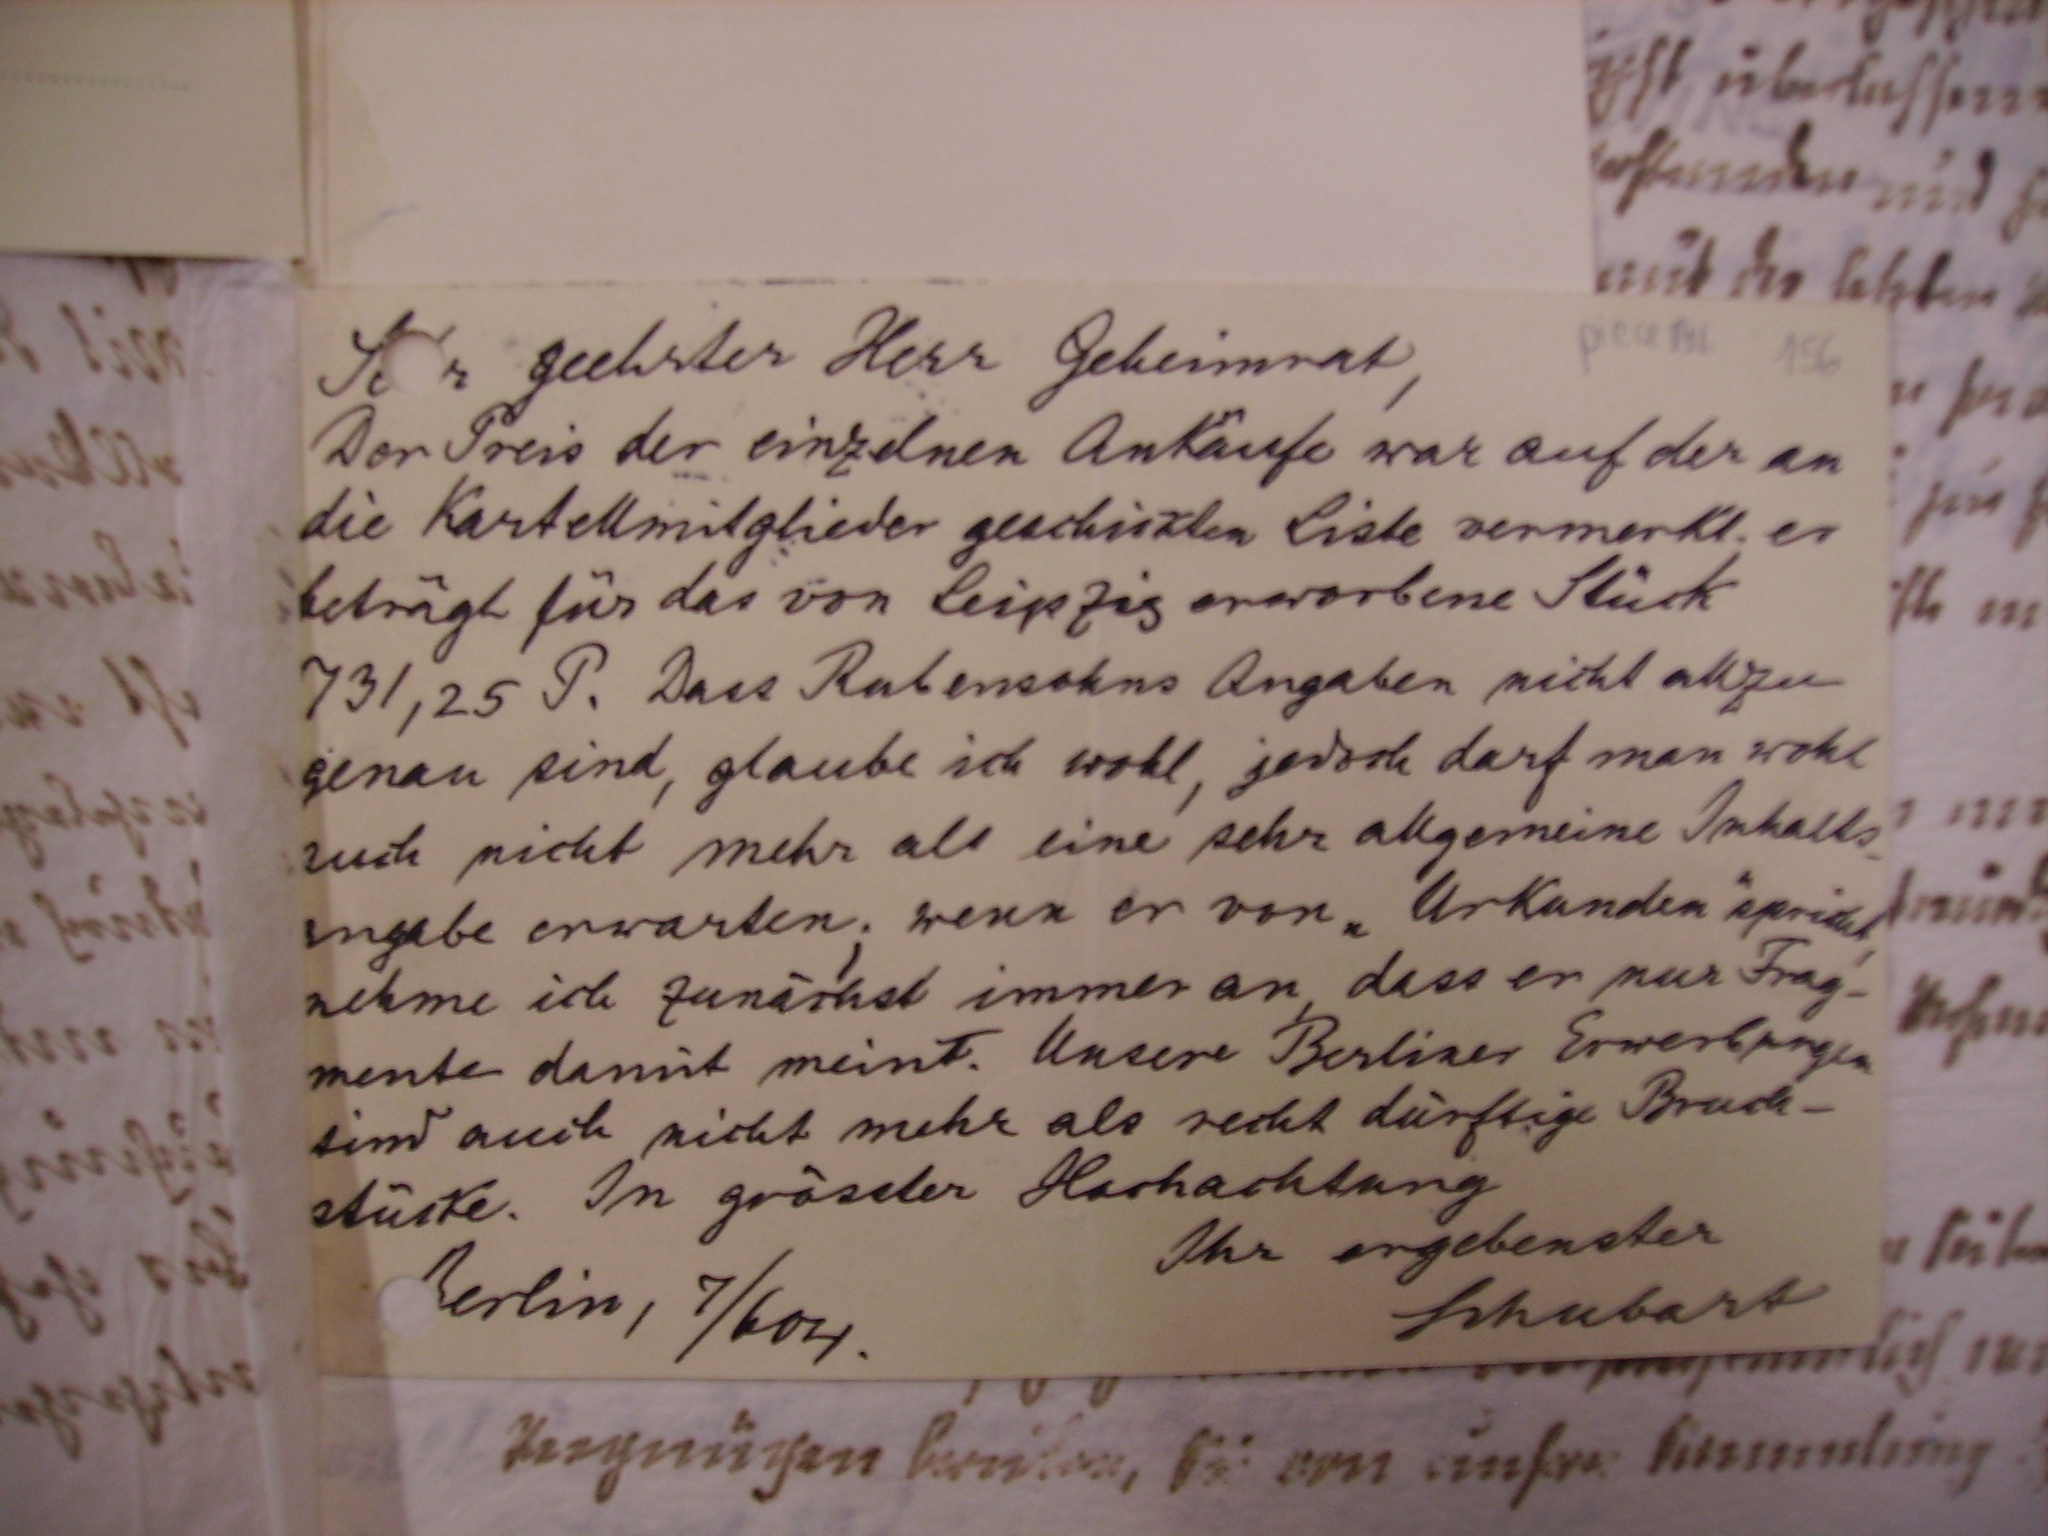
Sehr geehrter Herr Geheimrat,
Der Preis der einzelnen Ankäufe war auf der an
die Kartellmitglieder geschickten Liste vermerkt. er
beträgt für das von Leipzig erworbene Stück
731,25 P. Dass Rubensohns Angaben nicht allzu
genau sind glaube ich wohl, jedoch darf man wohl
auch nicht mehr als eine sehr allgemeine Inhalts¬
angabe erwarten. wenn er von Urkunden spricht,
nehme ich zunächst immer an, dass er nur Frg¬
mente damit meint. Unsere Berliner Erwerbungen
sind auch nicht mehr als recht dürftige Bruch¬
stücke. In grösster Hochachtung
Ihr ergebenster
Schubart
Berlin, 7/604.